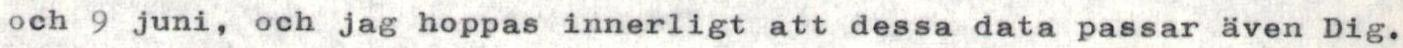
och 9 juni, och jag hoppas innerligt att dessa data passar även Dig.